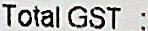
TOTAL GST :